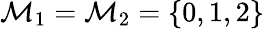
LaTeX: \mathcal{M}_{1}=\mathcal{M}_{2}=\{ 0,1,2\}